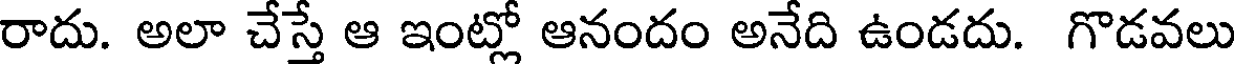
రాదు. అలా చేస్తే ఆ ఇంట్లో ఆనందం అనేది ఉండదు. గొడవలు